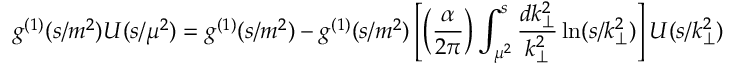
g ^ { ( 1 ) } ( s / m ^ { 2 } ) U ( s / \mu ^ { 2 } ) = g ^ { ( 1 ) } ( s / m ^ { 2 } ) - g ^ { ( 1 ) } ( s / m ^ { 2 } ) \left[ \left( \frac { \alpha } { 2 \pi } \right) \int _ { \mu ^ { 2 } } ^ { s } \frac { d k _ { \perp } ^ { 2 } } { k _ { \perp } ^ { 2 } } \ln ( s / k _ { \perp } ^ { 2 } ) \right] U ( s / k _ { \perp } ^ { 2 } )